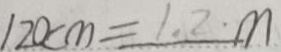
1 2 0 c m = 1 . 2 m